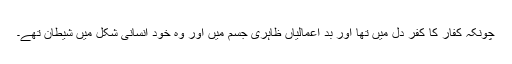
چونکہ کفار کا کفر دل میں تھا اور بد اَعمالیاں ظاہری جسم میں اور وہ خود انسانی شکل میں شیطان تھے۔